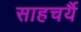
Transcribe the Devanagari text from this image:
साहचर्यै